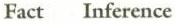
Fact Inference